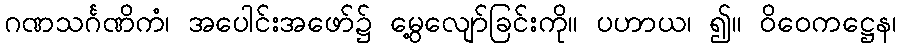
ဂဏသင်္ဂဏိကံ၊ အပေါင်းအဖော်၌ မွေ့လျော်ခြင်းကို။ ပဟာယ၊ ၍။ ဝိဝေကဋ္ဌေန၊